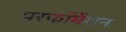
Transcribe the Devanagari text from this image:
परफॉर्मेशन